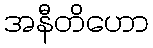
အနီတိဟော